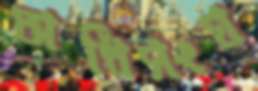
অধিসংঘ